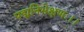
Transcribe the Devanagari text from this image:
पद्मनिभेक्षणः।।